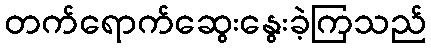
တက်ရောက်ဆွေးနွေးခဲ့ကြသည်